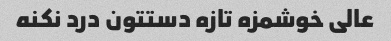
عالی خوشمزه تازه دستتون درد نکنه